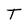
Character: T